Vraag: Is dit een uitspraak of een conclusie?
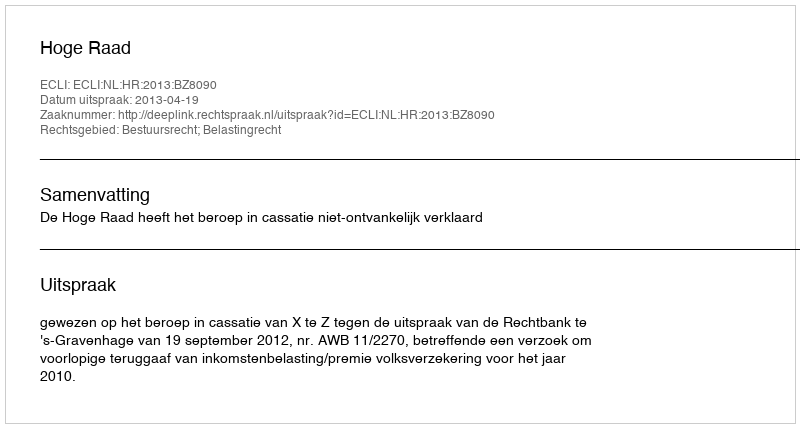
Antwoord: Uitspraak